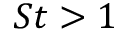
S t > 1